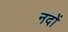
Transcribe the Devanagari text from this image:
नदों